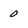
Character: 0